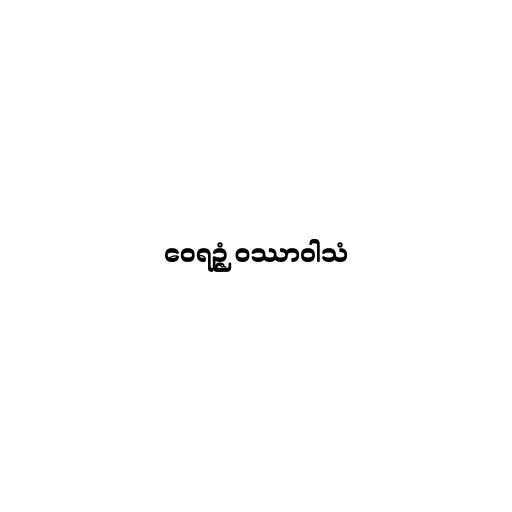
ဝေရဉ္ဇံ ဝဿာဝါသံ